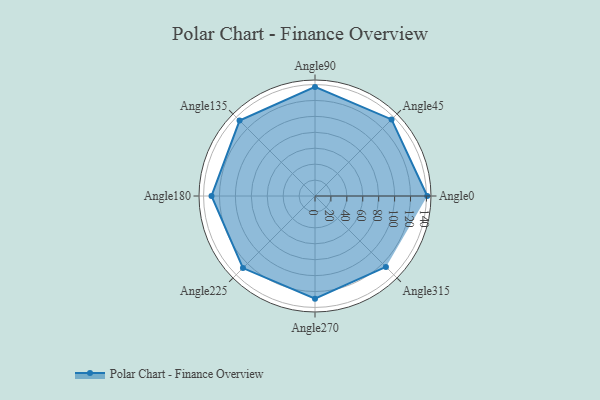
{"axis": {"x": "Angle", "y": "Radius"}, "legend": [""], "data": [{"x": "Angle0", "y": 141.0, "type": ""}, {"x": "Angle45", "y": 136.0, "type": ""}, {"x": "Angle90", "y": 137.0, "type": ""}, {"x": "Angle135", "y": 134.0, "type": ""}, {"x": "Angle180", "y": 130.0, "type": ""}, {"x": "Angle225", "y": 128.0, "type": ""}, {"x": "Angle270", "y": 129.0, "type": ""}, {"x": "Angle315", "y": 126.0, "type": ""}]}